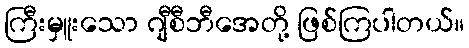
ကြီးမှူးသော ဂျီစီဘီအေတို့ ဖြစ်ကြပါတယ်။